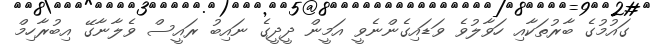
ގައުމުގެ ބާރުތަކާއި ހަވާލުވެ ވަޑައިގެންނެވީ އަމީން ދީދީގެ ނައިބު ރައީސް ވެލާނާގޭ އިބުރާހިމް